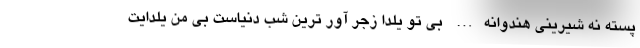
پسته نه شیرینی هندوانه… بی تو یلدا زجر آور ترین شب دنیاست بی من یلدایت